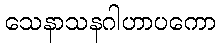
သေနာသနဂါဟာပကော